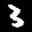
Label: 3